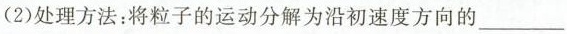
U0(2)处理方法：将粒子的运动分解为沿初速度方向的 θ运动和沿电场力方向的___